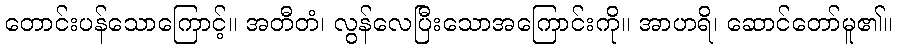
တောင်းပန်သောကြောင့်။ အတီတံ၊ လွန်လေပြီးသောအကြောင်းကို။ အာဟရိ၊ ဆောင်တော်မူ၏။